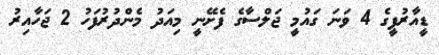
ޑީއާރުޕީގެ 4 ވަނަ ގައުމީ ޖަލްސާގެ ފެށޭނީ މިއަދު މެންދުރުފަހު 2 ޖަހާއިރު